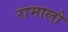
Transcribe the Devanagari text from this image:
रामालो